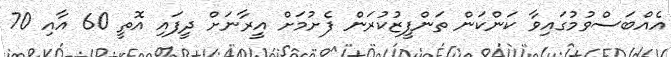
އެއްބަސްވުމުގައިވާ ކަންކަން ތަންފީޒުކުރަން ފެށުމަށް އީރާނަށް ދީފައި އޮތީ 60 އާއި 70